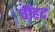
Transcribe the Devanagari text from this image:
चौहद